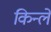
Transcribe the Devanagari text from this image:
किन्ले